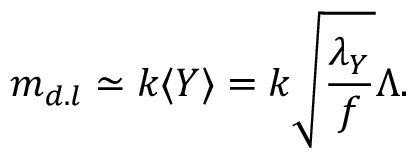
m _ { d . l } \simeq k \langle Y \rangle = k \sqrt { \frac { \lambda _ { Y } } { f } } \Lambda .